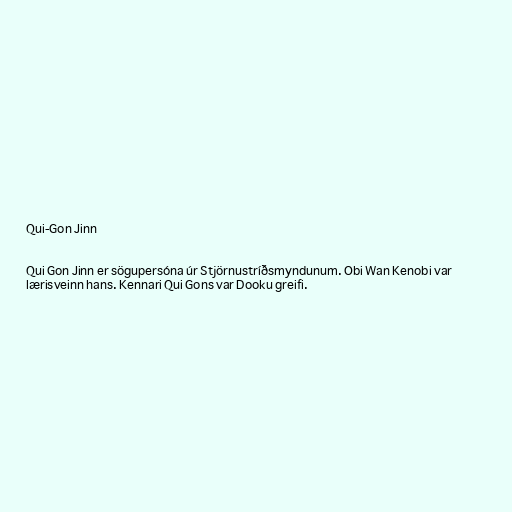
Qui-Gon Jinn

Qui Gon Jinn er sögupersóna úr Stjörnustríðsmyndunum. Obi Wan Kenobi var
lærisveinn hans. Kennari Qui Gons var Dooku greifi.